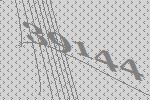
39144